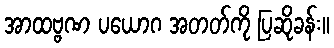
အာထဗ္ဗဏ ပယောဂ အတတ်ကို ပြဆိုခန်း။